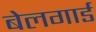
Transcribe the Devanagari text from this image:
बेलगार्ड